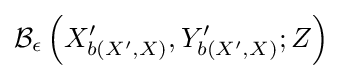
{\mathcal {B}}_{\epsilon }\left(X_{b\left(X^{\prime },X\right)}^{\prime },Y_{b\left(X^{\prime },X\right)}^{\prime };Z\right)